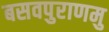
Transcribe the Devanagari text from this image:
बसवपुराणमु